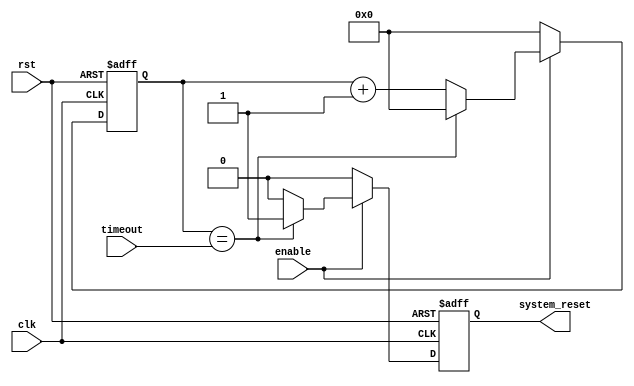
module watchdog_timer (
    input clk,          // System clock
    input rst,          // System reset
    input enable,       // Enable signal for watchdog timer
    input [7:0] timeout,// Timeout value for watchdog timer
    
    output reg system_reset // System reset signal triggered by watchdog timer
);

reg [7:0] counter;     // Counter to keep track of timing

always @(posedge clk or posedge rst) begin
    if (rst) begin
        counter <= 8'b0;  // Reset counter on system reset
        system_reset <= 1'b0; // Reset system reset signal
    end
    else if (enable) begin
        counter <= counter + 1; // Increment counter on each clock cycle
        if (counter == timeout) begin
            system_reset <= 1'b1; // Trigger system reset if counter reaches timeout value
            counter <= 8'b0; // Reset counter after system reset
        end
        else begin
            system_reset <= 1'b0; // Reset system reset signal
        end
    end
    else begin
        counter <= 8'b0; // Reset counter if watchdog timer is disabled
        system_reset <= 1'b0; // Reset system reset signal
    end
end

endmodule